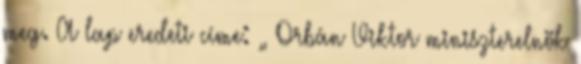
meg. A lap eredeti címe: „ Orbán Viktor miniszterelnök